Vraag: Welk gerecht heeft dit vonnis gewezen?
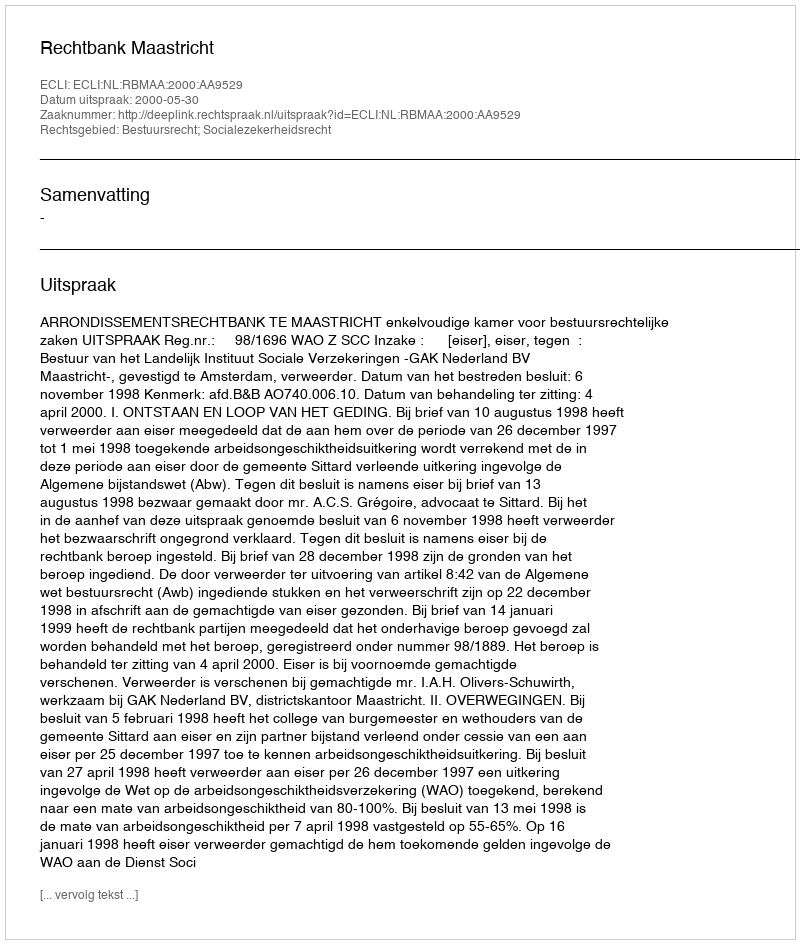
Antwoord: Rechtbank Maastricht